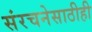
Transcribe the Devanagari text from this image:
संरचनेसाठीही